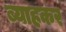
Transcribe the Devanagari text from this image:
ब्याहकर